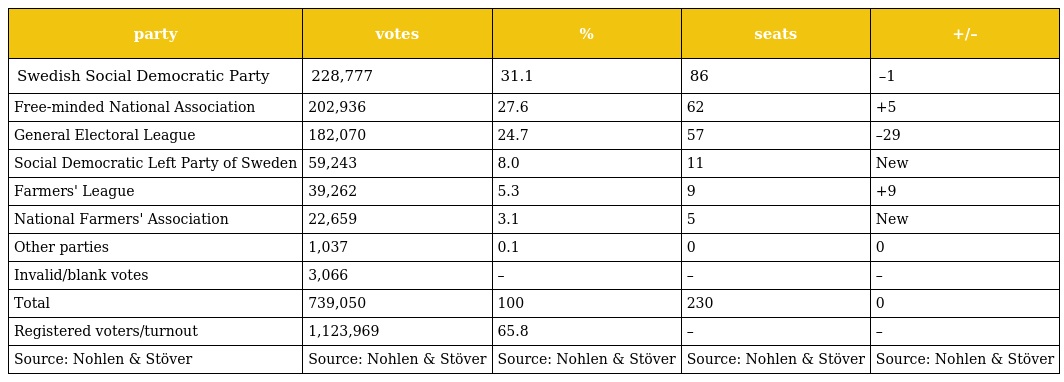
| party | votes | % | seats | +/– |
 | --- | --- | --- | --- | --- |
 | Swedish Social Democratic Party | 228,777 | 31.1 | 86 | –1 |
 | Free-minded National Association | 202,936 | 27.6 | 62 | +5 |
 | General Electoral League | 182,070 | 24.7 | 57 | –29 |
 | Social Democratic Left Party of Sweden | 59,243 | 8.0 | 11 | New |
 | Farmers' League | 39,262 | 5.3 | 9 | +9 |
 | National Farmers' Association | 22,659 | 3.1 | 5 | New |
 | Other parties | 1,037 | 0.1 | 0 | 0 |
 | Invalid/blank votes | 3,066 | – | – | – |
 | Total | 739,050 | 100 | 230 | 0 |
 | Registered voters/turnout | 1,123,969 | 65.8 | – | – |
 | Source: Nohlen & Stöver | Source: Nohlen & Stöver | Source: Nohlen & Stöver | Source: Nohlen & Stöver | Source: Nohlen & Stöver |